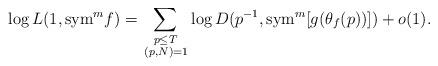
LaTeX: \begin{align*}\log L(1,{\rm sym}^m f)=\sum_{\substack{p\leq T\\\,(p,N)=1}}\log D(p^{-1},{\rm sym}^m[g(\theta_f(p))])+o(1).\end{align*}